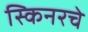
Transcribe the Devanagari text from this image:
स्किनरचे